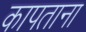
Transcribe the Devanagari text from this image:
कापताना